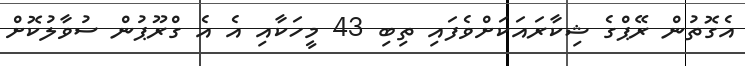
އެގޮތުން ރޭޕްގެ ޝިކާރައަކަށްވެފައި ތިބި 43 މީހަކާއި އެ އެ ގްރޫޕުން ސުވާލުކޮށް